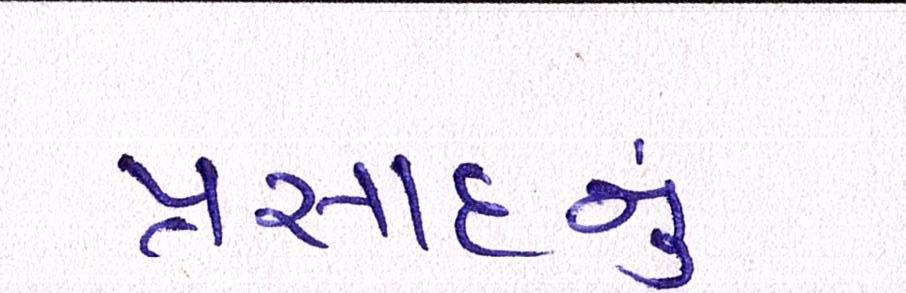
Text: પ્રસાદનું